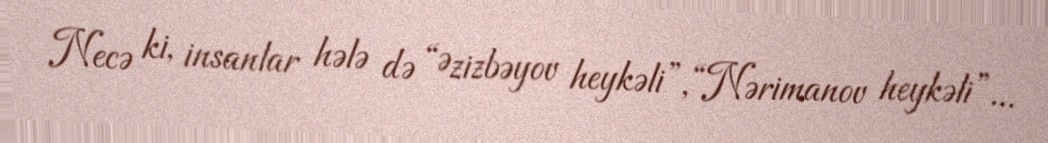
Necə ki, insanlar hələ də “Əzizbəyov heykəli”, “Nərimanov heykəli”...